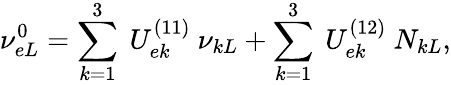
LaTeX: \nu_{eL}^{0}=\sum_{k=1}^{3}~U_{ek}^{(11)}~\nu_{kL}+\sum_{k=1}^{3}~U_{ek}^{(12)}~N_{kL},